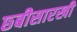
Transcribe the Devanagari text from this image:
छ्बीसारखी